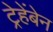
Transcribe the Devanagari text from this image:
ट्रेहेंबेन